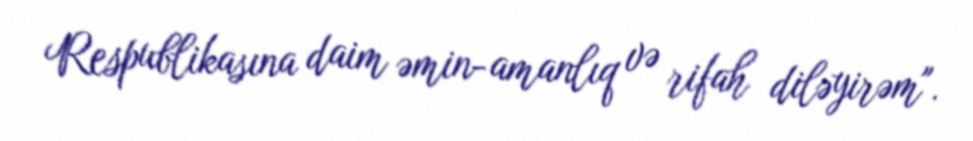
Respublikasına daim əmin-amanlıq və rifah diləyirəm".